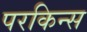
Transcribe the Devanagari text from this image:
परकिन्स